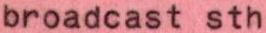
broadcast sth